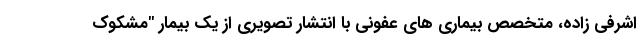
اشرفی زاده، متخصص بیماری های عفونی با انتشار تصویری از یک بیمار "مشکوک